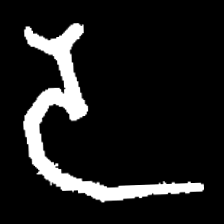
Pyu character \u2014 Myanmar letter: ဒ (romanized: da)